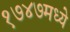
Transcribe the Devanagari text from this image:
१७४७मध्ये